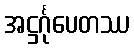
အဋ္ဌင်္ဂုပေတဿ